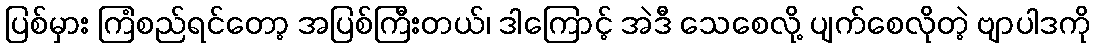
ပြစ်မှား ကြံစည်ရင်တော့ အပြစ်ကြီးတယ်၊ ဒါကြောင့် အဲဒီ သေစေလို့ ပျက်စေလိုတဲ့ ဗျာပါဒကို